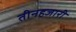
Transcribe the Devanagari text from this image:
तीनहजारी